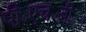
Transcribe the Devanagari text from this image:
पी॰एच॰डी॰।